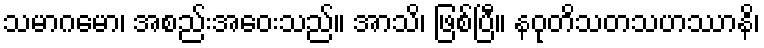
သမာဂမော၊ အစည်းအဝေးသည်။ အာသိ၊ ဖြစ်ပြီ။ နဝုတိသတသဟဿာနိ၊